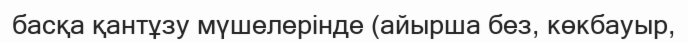
басқа қантұзу мүшелерінде (айырша без, көкбауыр,